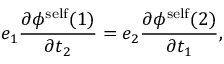
e _ { 1 } \frac { { \partial } { \phi } ^ { \mathrm { s e l f } } ( 1 ) } { { \partial } t _ { 2 } } = e _ { 2 } \frac { { \partial } { \phi } ^ { \mathrm { s e l f } } ( 2 ) } { { \partial } t _ { 1 } } ,